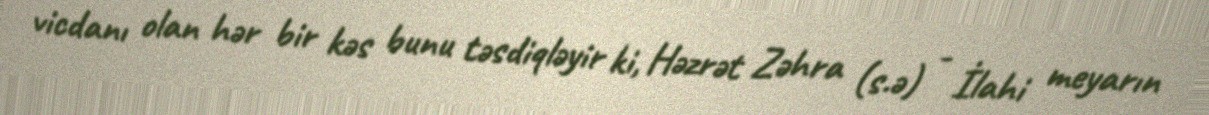
vicdanı olan hər bir kəs bunu təsdiqləyir ki, Həzrət Zəhra (s.ə) - İlahi meyarın